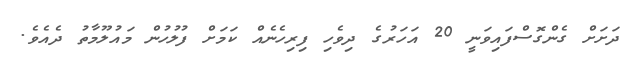
ދަށަށް ގެންގޮސްފައިވަނީ 20 އަހަރުގެ ދިވެހި ފިރިހެނެއް ކަމަށް ފުލުހުން މައުލޫމާތު ދެއެވެ.